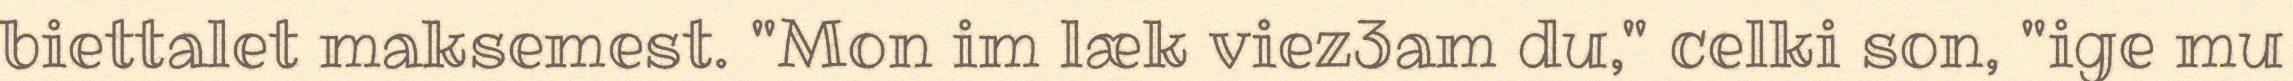
biettalet maksemest. "Mon im læk viez3am du," celki son, "ige mu